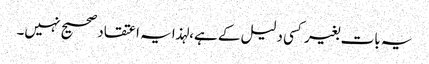
یہ بات بغیر کسی دلیل کے ہے،لہذا یہ اعتقاد صحیح نہیں۔